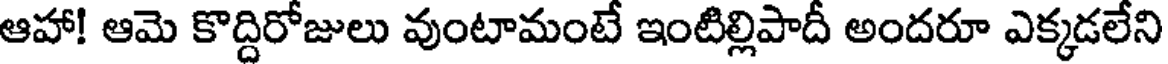
ఆహా! ఆమె కొద్దిరోజులు వుంటామంటే ఇంటిల్లిపాదీ అందరూ ఎక్కడలేని